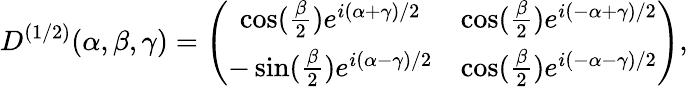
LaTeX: D^{(1/2)}(\alpha,\beta,\gamma)=\left(\begin{array}{cc}{{\cos(\frac\beta 2)e^{i(\alpha+\gamma)/2}}}&{{\cos(\frac\beta 2)e^{i(-\alpha+\gamma)/2}}}\\ {{-\sin(\frac\beta 2)e^{i(\alpha-\gamma)/2}}}&{{\cos(\frac\beta 2)e^{i(-\alpha-\gamma)/2}}}\end{array}\right),